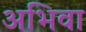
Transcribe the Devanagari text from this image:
अभिवा